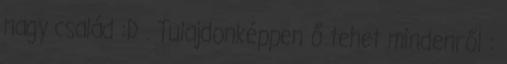
nagy család :D . Tulajdonképpen ő tehet mindenről :